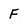
Character: F